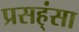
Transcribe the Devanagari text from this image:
प्रसह्ंसा